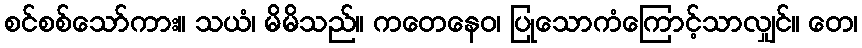
စင်စစ်သော်ကား။ သယံ၊ မိမိသည်။ ကတေနေဝ၊ ပြုသောကံကြောင့်သာလျှင်။ တေ၊